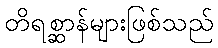
တိရစ္ဆာန်များဖြစ်သည်